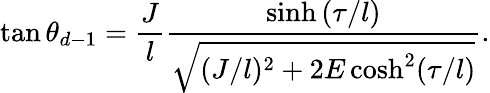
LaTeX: \tan\theta_{d-1}=\frac{J}{l}\frac{\sinh{(\tau/l)}}{\sqrt{(J/l)^{2}+2E\cosh^{2}(\tau/l)}}.